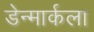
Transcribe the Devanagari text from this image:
डेन्मार्कला